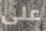
على